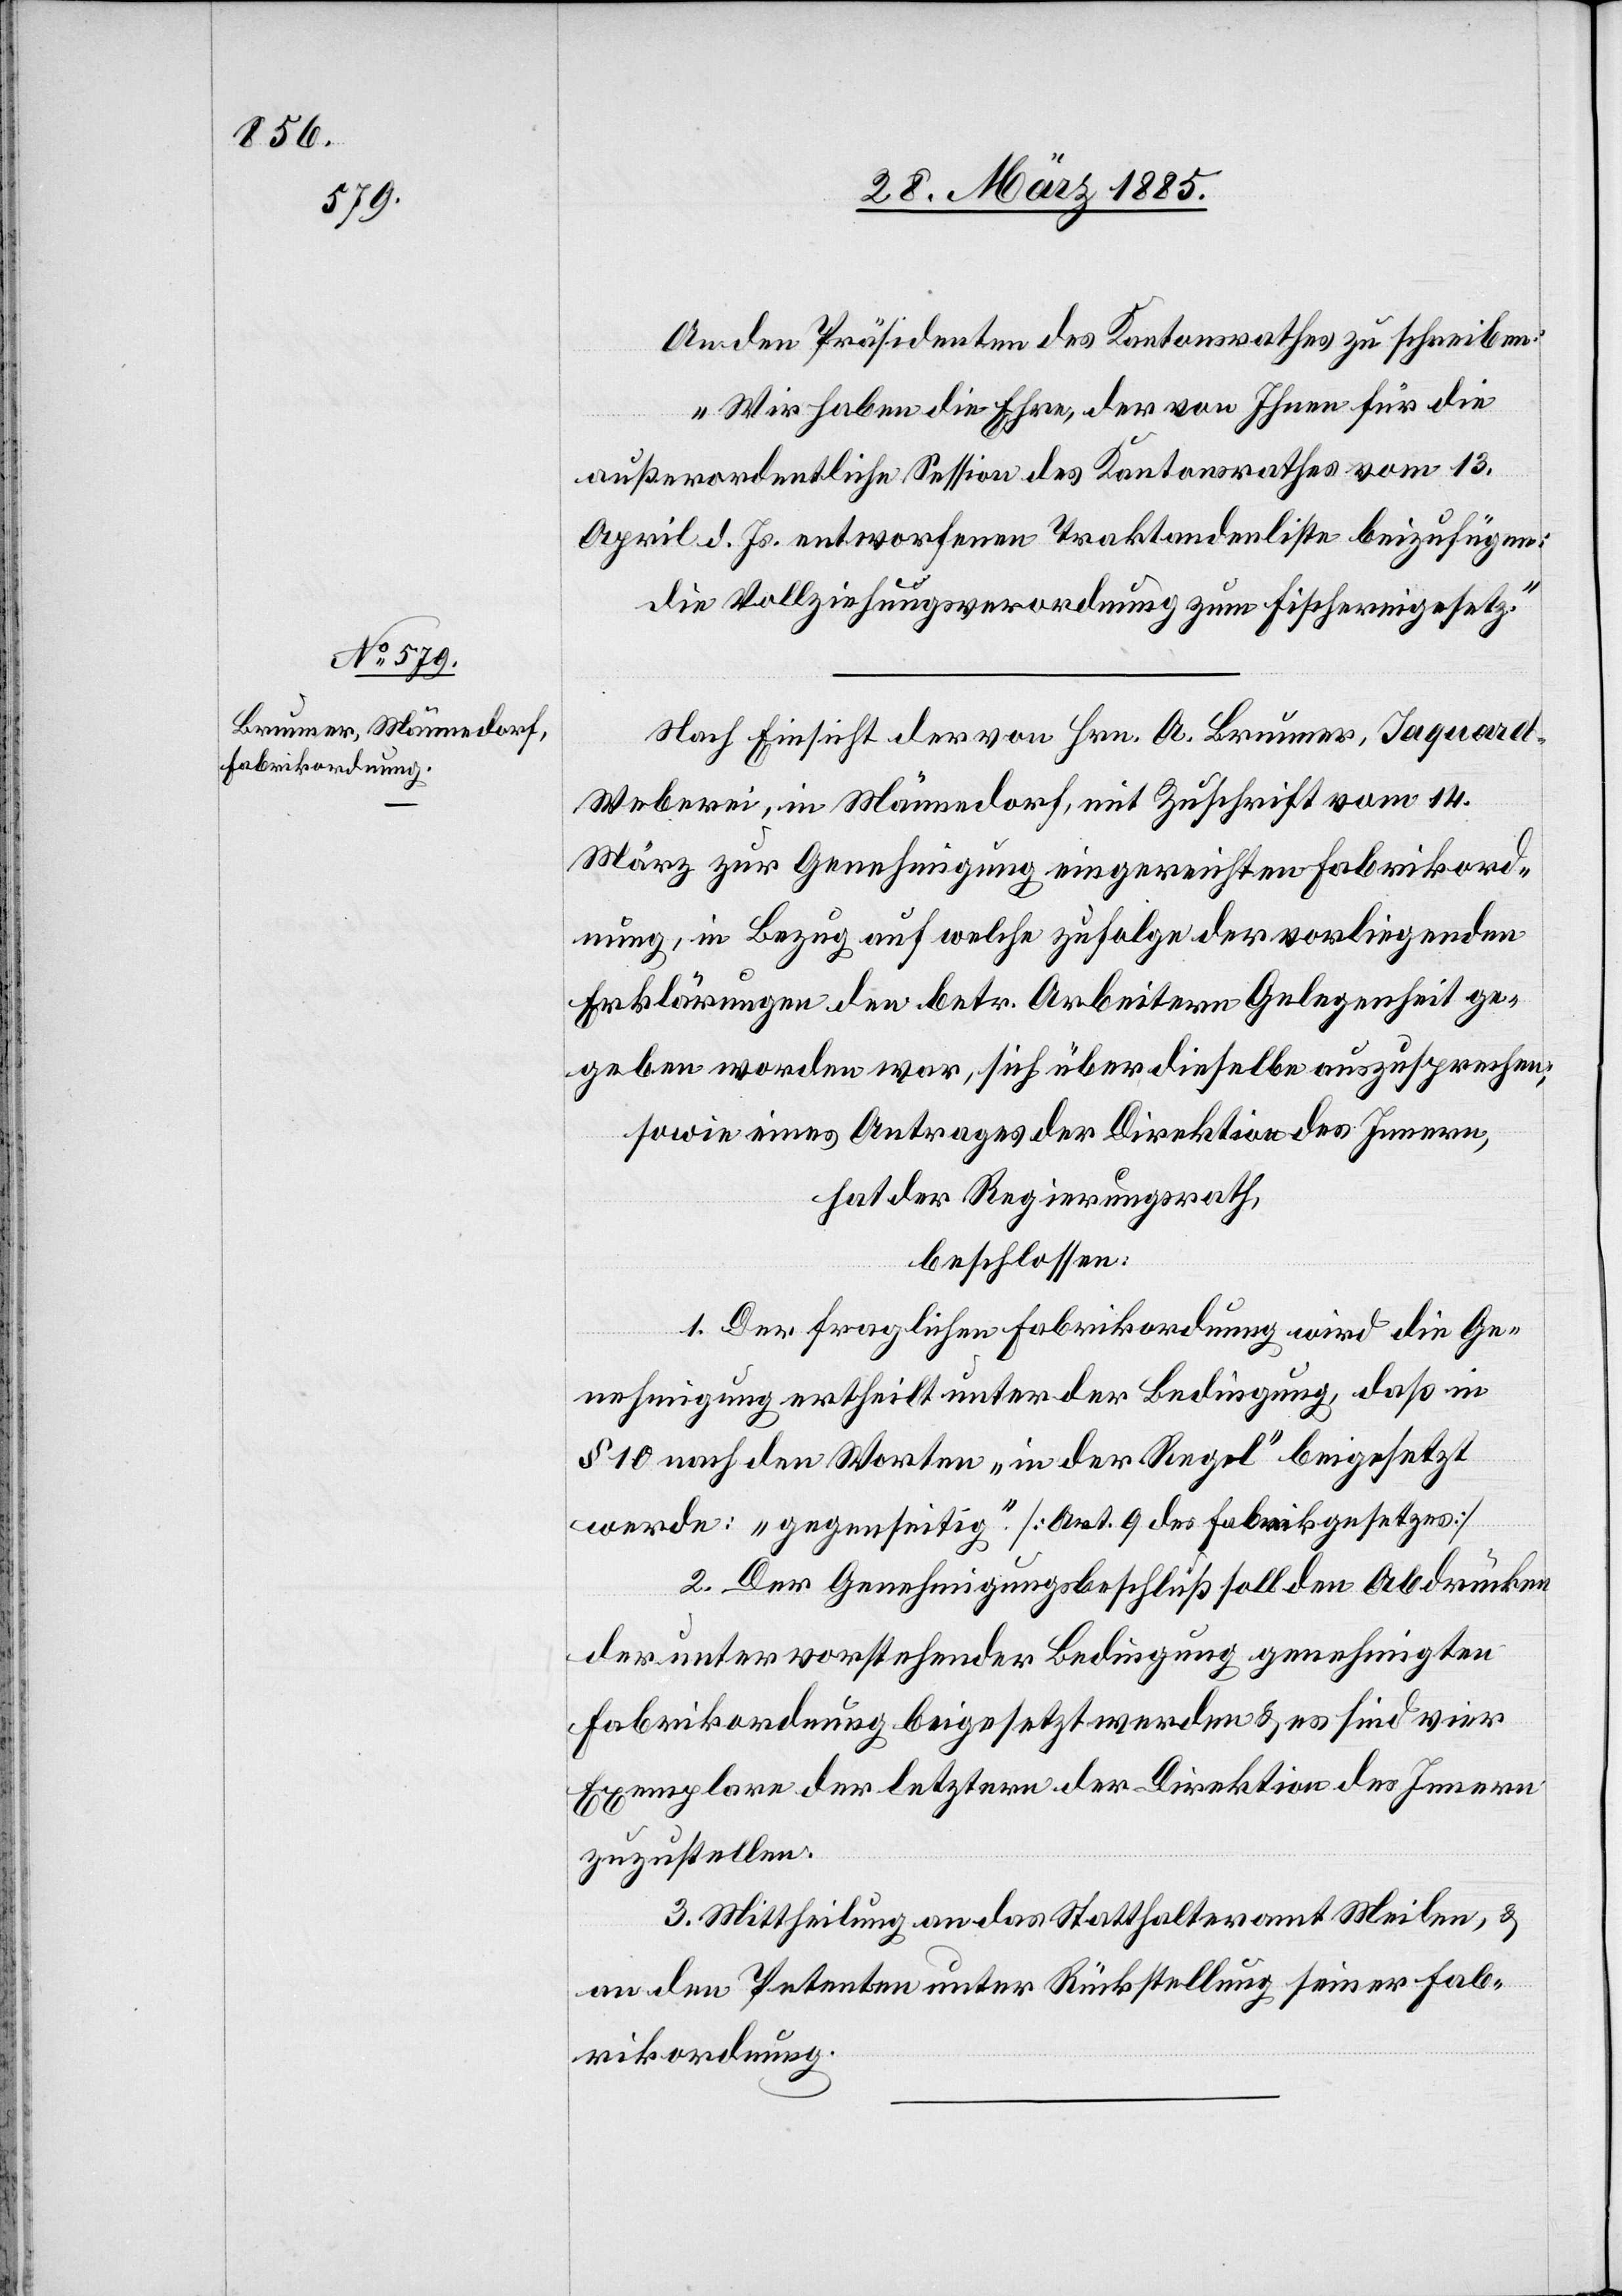
An den Präsidenten des Kantonsrathes zu schreiben:
„Wir haben die Ehre, der von Ihnen für die
außerordentliche Session des Kantonsrathes vom 13.
April d. Js. entworfenen Traktandenliste beizufügen:
die Vollziehungsverordnung zum Fischereigesetz.“
Nach Einsicht der von Hrn. A. Brunner, Jaquar¬
d-Weberei, in Männedorf, mit Zuschrift vom 14.
März zur Genehmigung eingereichten Fabrikord¬
nung, in Bezug auf welche zufolge der vorliegenden
Erklärungen den betr. Arbeitern Gelegenheit ge¬
geben worden war, sich über dieselbe auszusprechen;
sowie eines Antrages der Direktion des Innern,
hat der Regierungsrath,
beschlossen:
1. Der fraglichen Fabrikordnung wird die Ge¬
nehmigung ertheilt unter der Bedingung, daß in
§ 10 nach den Worten „in der Regel“ beigesetzt
werde: „gegenseitig“. [Art. 9 des Fabrikgesetzes]
2. Der Genehmigungsbeschluß soll den Abdrücken
der unter vorstehender Bedingung genehmigten
Fabrikordnung beigesetzt werden & es sind vier
Exemplare der letztern der Direktion des Innern
zuzustellen.
3. Mittheilung an das Statthalteramt Meilen, &
an den Petenten unter Rückstellung seiner Fab¬
rikordnung.